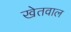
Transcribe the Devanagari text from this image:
खेतवाल